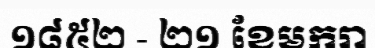
១៨៥២ - ២១ ខែមករា